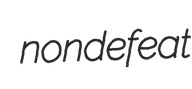
nondefeat